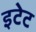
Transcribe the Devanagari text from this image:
इटेट